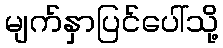
မျက်နှာပြင်ပေါ်သို့